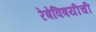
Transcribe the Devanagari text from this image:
रेषेविषयीची